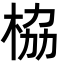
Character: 栛